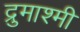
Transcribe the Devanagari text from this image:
द्रुमाश्मी